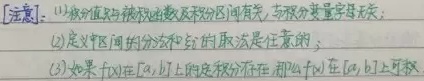
[注意]：(1) 积分值只与被积函数及积分区间有关，与积分变量记号无关；
(2) 定义中区间的分法和\(\xi_i\)点的取法是任意的；
(3) 如果\(f(x)\)在\([a,b]\)上的定积分存在，那么\(f(x)\)在\([a,b]\)上可积 。